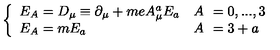
\left\{ \begin{array} { l r l } { E _ { A } = D _ { \mu } \equiv \partial _ { \mu } + m e A _ { \mu } ^ { a } E _ { a } } & { A \! \! } & { = 0 , . . . , 3 } \\ { E _ { A } = m E _ { a } \quad } & { A \! \! } & { = 3 + a } \\ \end{array} \right.